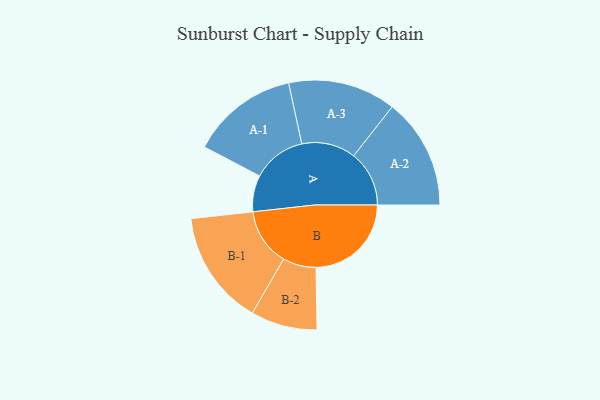
{"axis": {"x": "Segment", "y": "Value"}, "legend": ["", "A", "B"], "data": [{"x": "A", "y": 116, "type": ""}, {"x": "B", "y": 304, "type": ""}, {"x": "A-1", "y": 171, "type": "A"}, {"x": "A-2", "y": 177, "type": "A"}, {"x": "A-3", "y": 172, "type": "A"}, {"x": "B-1", "y": 183, "type": "B"}, {"x": "B-2", "y": 106, "type": "B"}]}